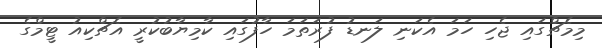
މިމެޗްގައި ޖެހި ހަމަ އެކަނި ލަނޑު ފުރަތަމަ ހާފުގައި ކާމިޔާބުކުރީ އެޗްކިއު ޓީމްގެ